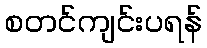
စတင်ကျင်းပရန်